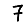
Digit: 7